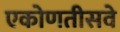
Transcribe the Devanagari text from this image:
एकोणतीसवे